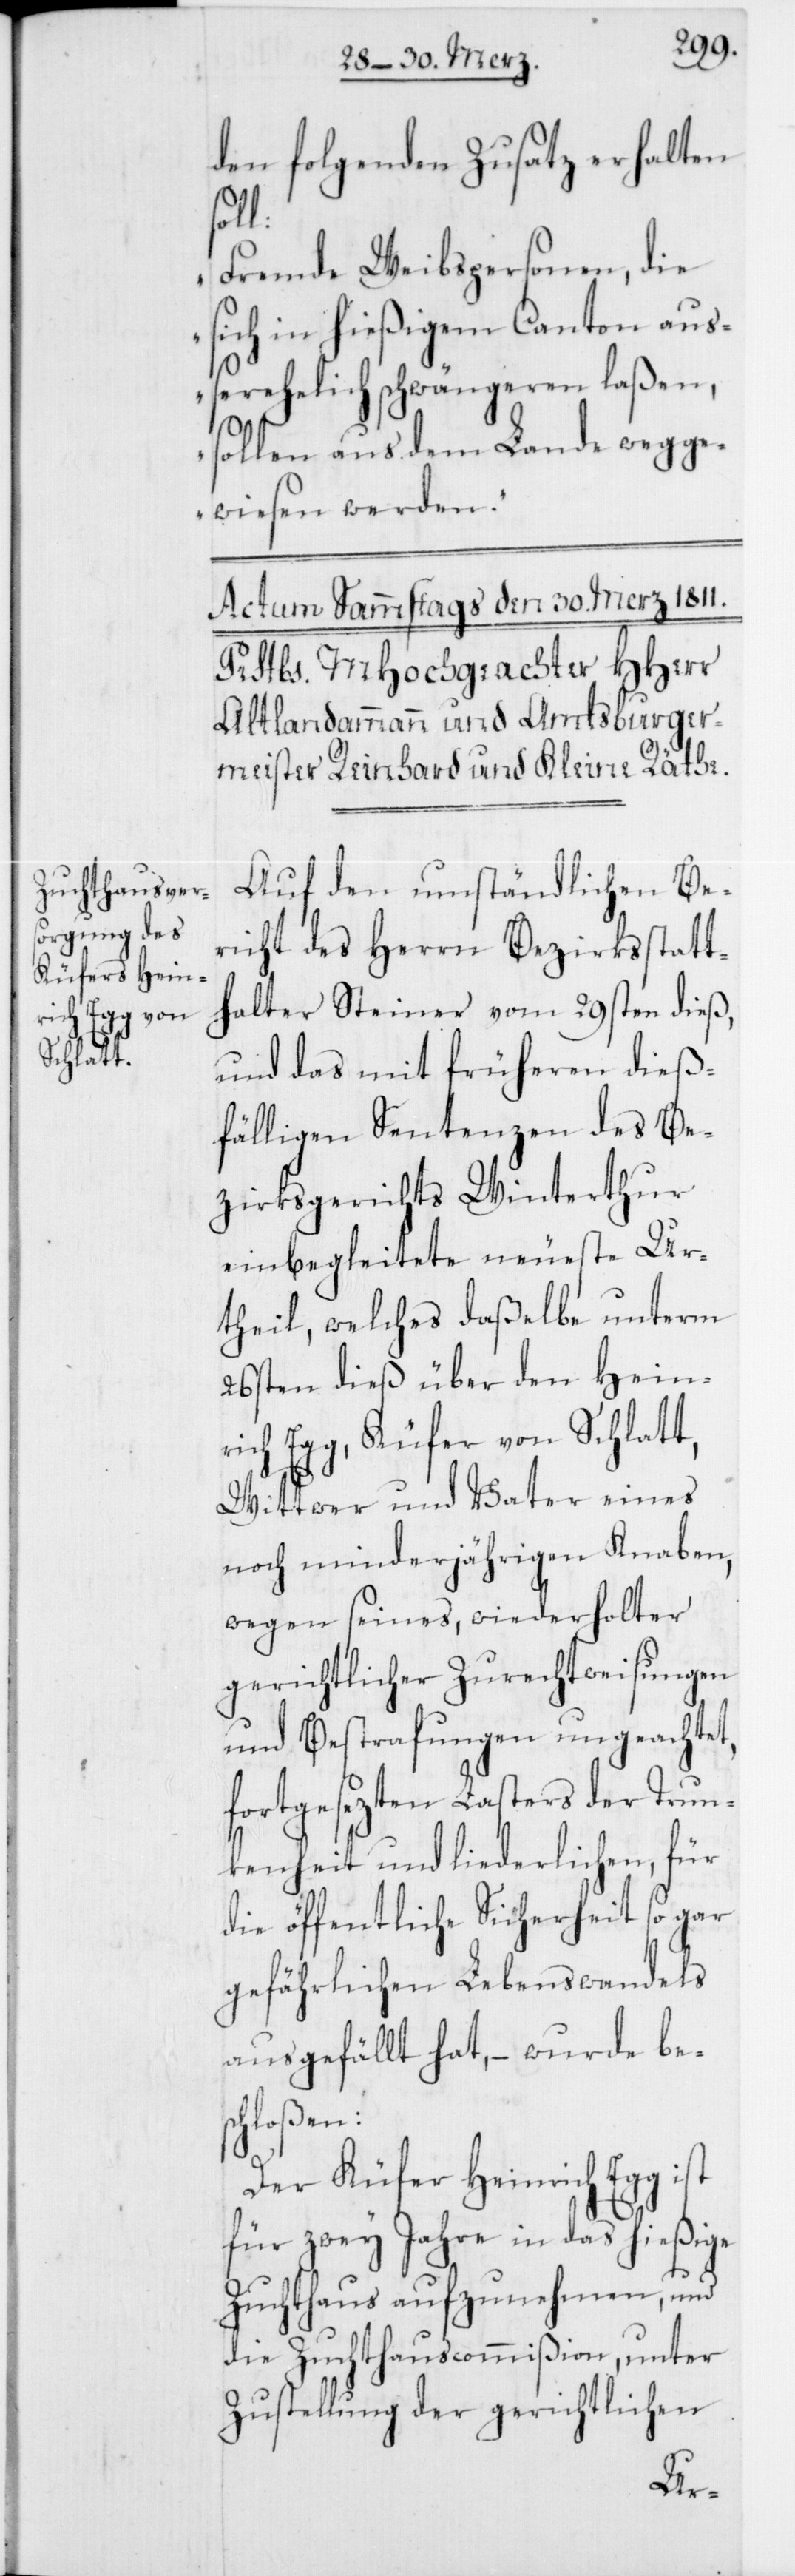
den folgenden Zusatz erhalten
l:
„Fremde Weibspersonen, die
sich in hießigem Canton auß¬
erehelich schwängeren laßen,
sollen aus dem Lande wegge¬
wiesen werden.“
Auf den umständlichen Be¬
richt des Herrn Bezirksstatt¬
halter Steiner vom 29sten dieß,
und das mit früheren dieß¬
fälligen Sentenzen des Be¬
zirksgerichts Winterthur
einbegleitete neueste Ur¬
theil, welches daßelbe unterm
26sten dieß über den Hein¬
rich Egg, Küfer von Schlatt,
Wittwer und Vater eines
noch minderjährigen Knaben,
wegen seines, wiederholter
gerichtlicher Zurechtweisungen
und Bestrafungen ungeachtet,
fortgesezten Lasters der Trun¬
kenheit und liederlichen, für
die öffentliche Sicherheit so gar
gefährlichen Lebenswandels
ausgefällt hat, – wurde bes¬
chloßen:
Der Küfer Heinrich Egg ist
für zwey Jahre in das hießige
Zuchthaus aufzunehmen, und
die Zuchthauscommißion, unter
Zustellung der gerichtlichen